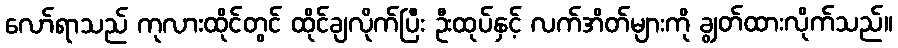
လော်ရာသည် ကုလားထိုင်တွင် ထိုင်ချလိုက်ပြီး ဦးထုပ်နှင့် လက်အိတ်များကို ချွတ်ထားလိုက်သည်။